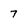
Character: 7